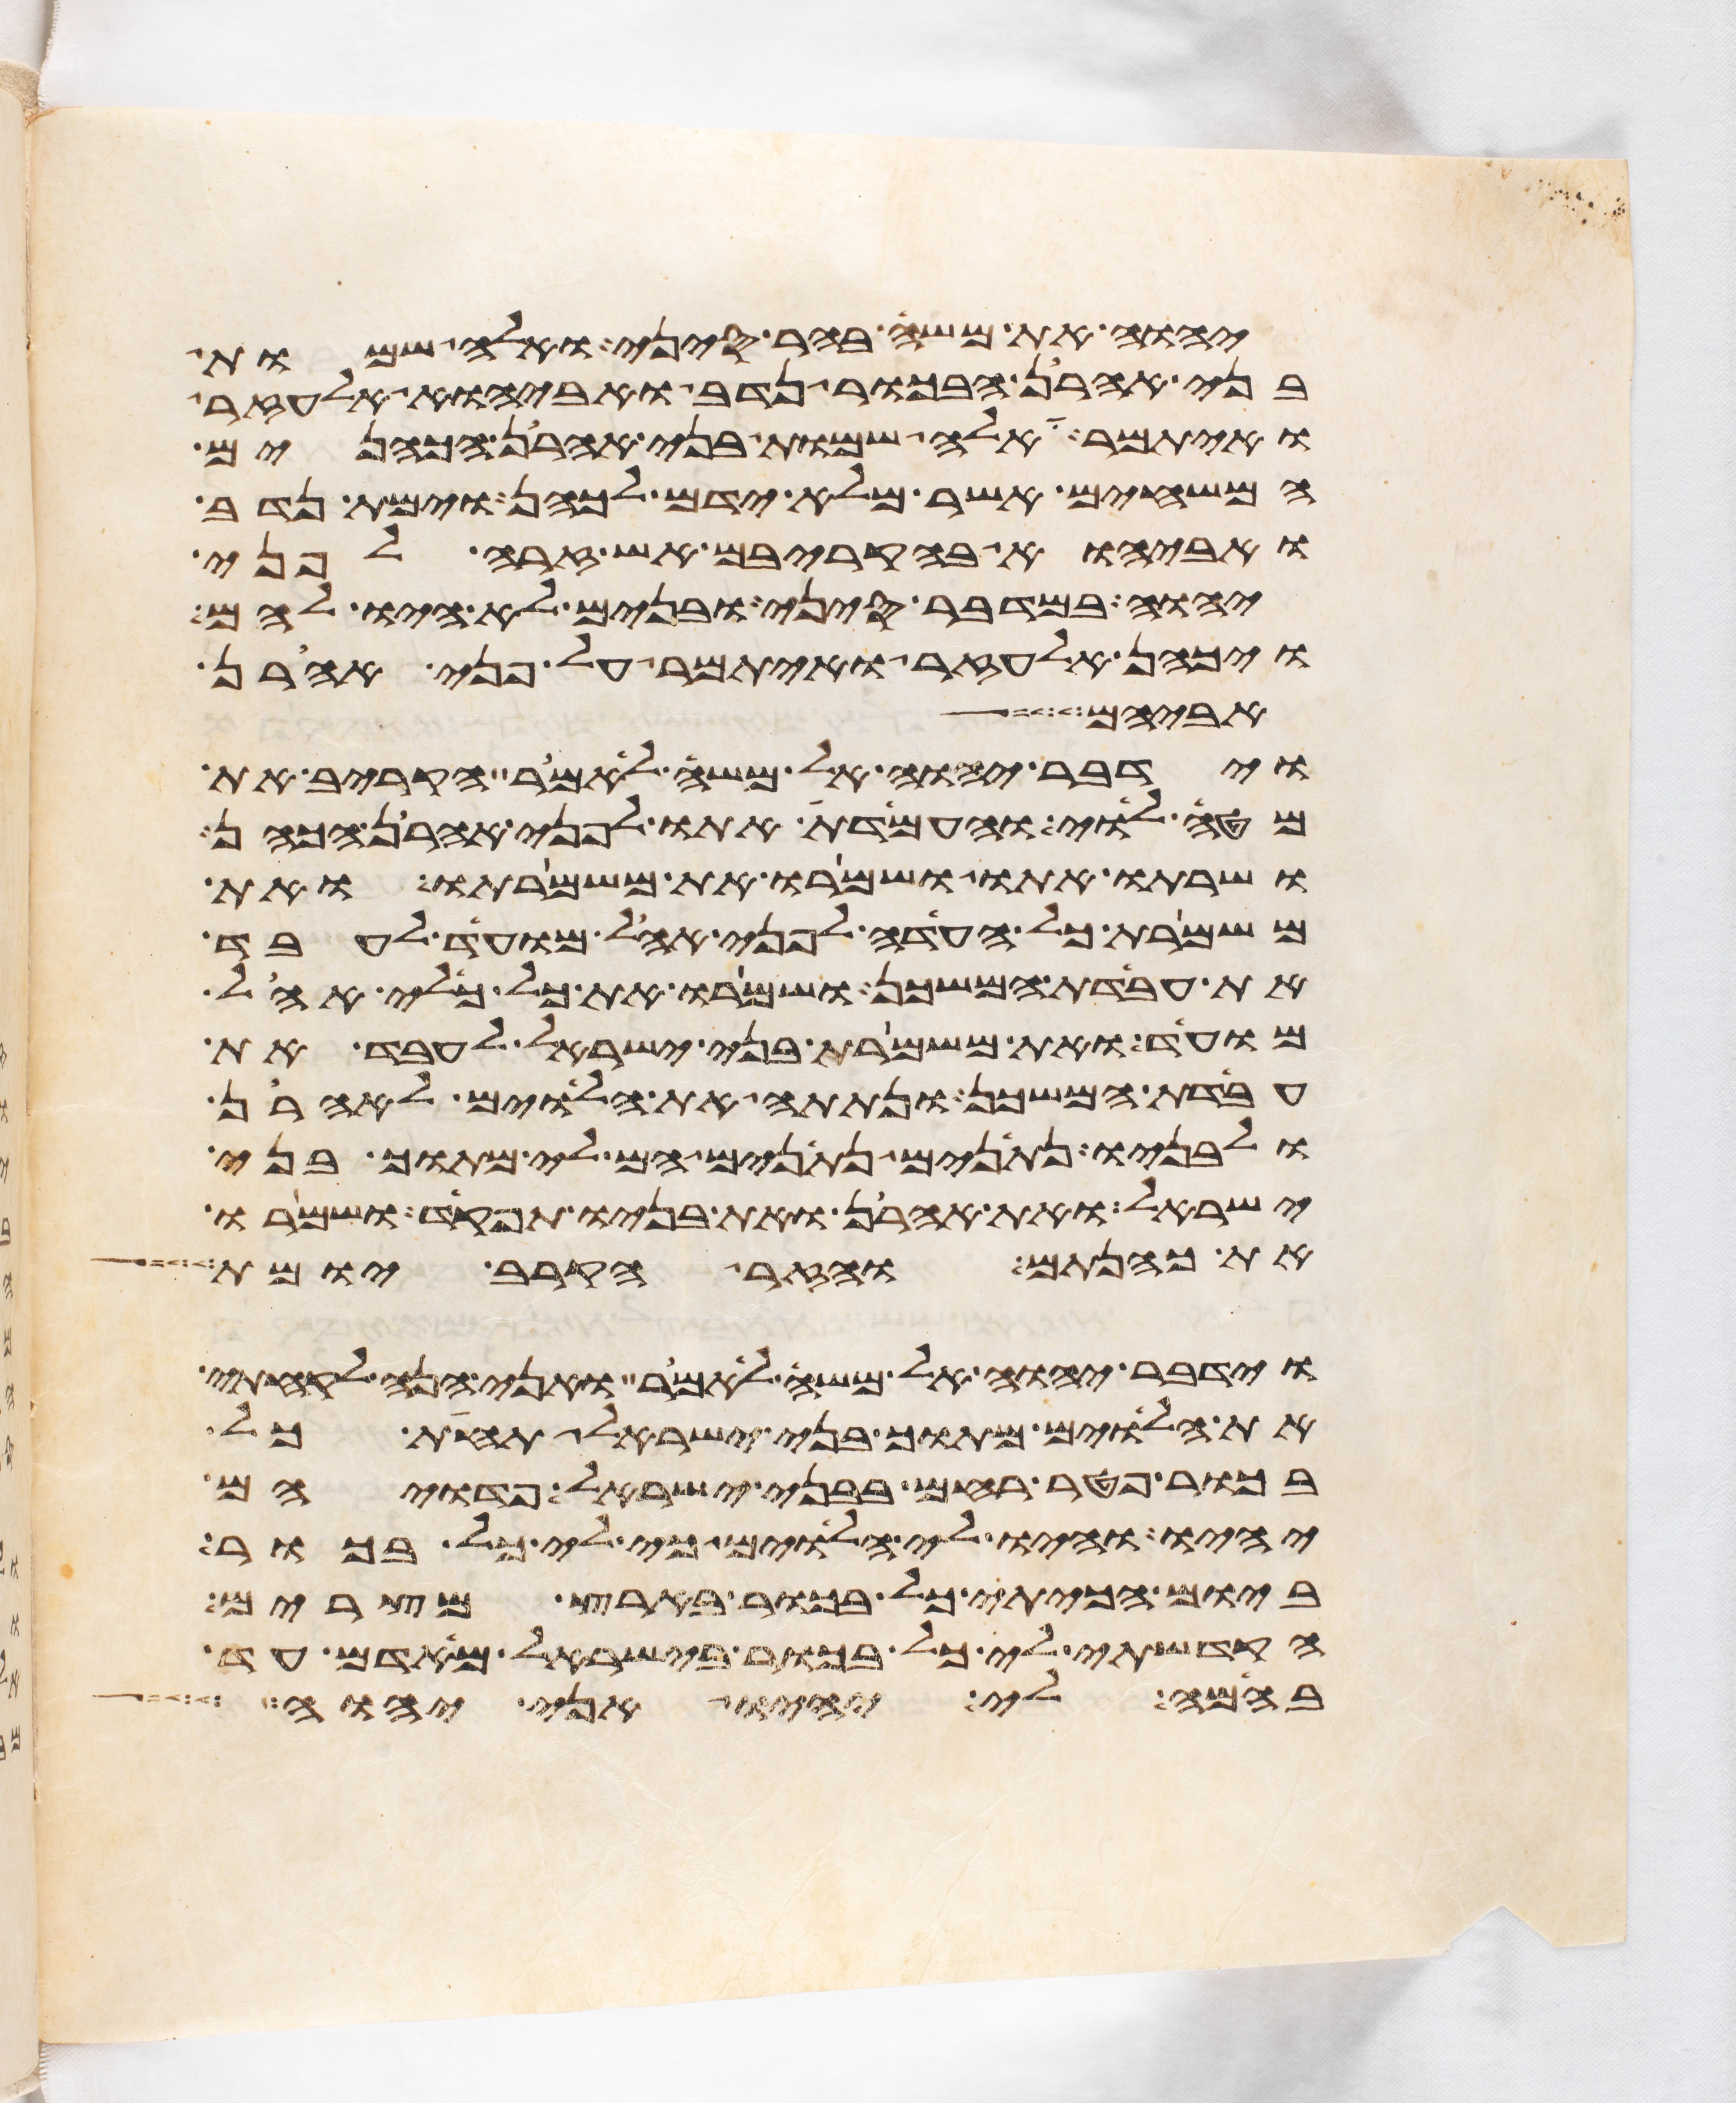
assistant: יהוה את משה בהר סיני ואלה שמות
בני אהרן הבכור נדב ואביהוא אלעזר
ואיתמר אלה שמות בני אהרן הכהנים
המשחים אשר מלא ידם לכהן וימת נדב
ואביהוא בהקריבם אש זרה לפני
יהוה במדבר סיני ובנים לא היו להם
ויכהן אלעזר ואיתמר על פני אהרן
אביהם
וידבר יהוה אל משה לאמר הקרב את
מטה לוי והעמדת אתו לפני אהרן הכהן
ושרתו אתו ושמרו את משמרתו ואת
משמרת כל העדה לפני אהל מועד לעבד
את עבדת המשכן ושמרו את כל כלי אהל
מועד ואת משמרת בני ישראל לעבד את
עבדת המשכן ונתתה את הלוים לאהרן
ולבניו נתנים נתנים הם לי מתוך בני
ישראל ואת אהרן ואת בניו תפקד ושמרו
את כהנתם והזר הקרב יומת
וידבר יהוה אל משה לאמר ואני הנה לקחתי
את הלוים מתוך בני ישראל תחת כל
בכור פטר רחם בבני ישראל פדויהם
יהיו והיו לי הלוים כי לי כל בכור
ביום הכיתי כל בכור בארץ מצרים
הקדשתי לי כל בכור בישראל מאדם עד
בהמה לי יהיו אני יהוה